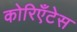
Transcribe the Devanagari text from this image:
कोरिएँटेस